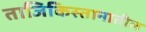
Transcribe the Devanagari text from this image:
ताजिकिस्तानातील